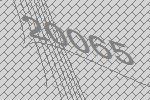
20065